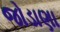
જોડાણા